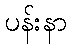
ပန်းနာ